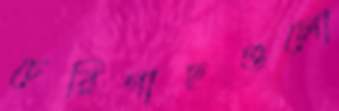
চেরিগাছগুলো